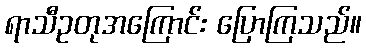
ရာသီဥတုအကြောင်း ပြောကြသည်။